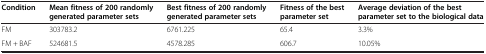
<table><thead><tr><td><b>Condition</b></td><td><b>Mean fitness of 200 randomly generated parameter sets</b></td><td><b>Best fitness of 200 randomly generated parameter sets</b></td><td><b>Fitness of the best parameter set</b></td><td><b>Average deviation of the best parameter set to the biological data</b></td></tr></thead><tbody><tr><td>FM</td><td>303783.2</td><td>6761.225</td><td>65.4</td><td>3.3%</td></tr><tr><td>FM + BAF</td><td>524681.5</td><td>4578.285</td><td>606.7</td><td>10.05%</td></tr></tbody></table>